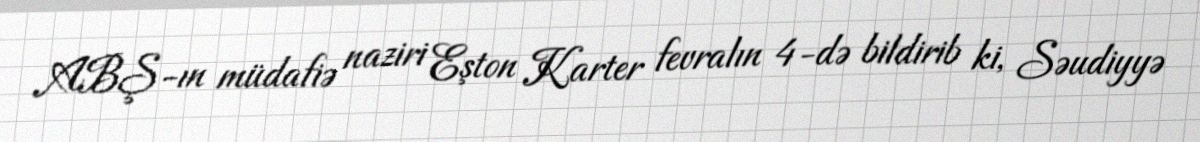
ABŞ-ın müdafiə naziri Eşton Karter fevralın 4-də bildirib ki, Səudiyyə